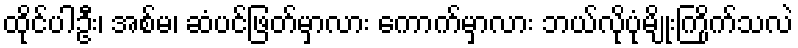
ထိုင်ပါဦး၊ အစ်မ၊ ဆံပင်ဖြတ်မှာလား ကောက်မှာလား ဘယ်လိုပုံမျိုးကြိုက်သလဲ